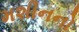
મશીનનો